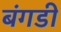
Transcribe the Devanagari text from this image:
बंगडी